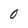
Character: 0